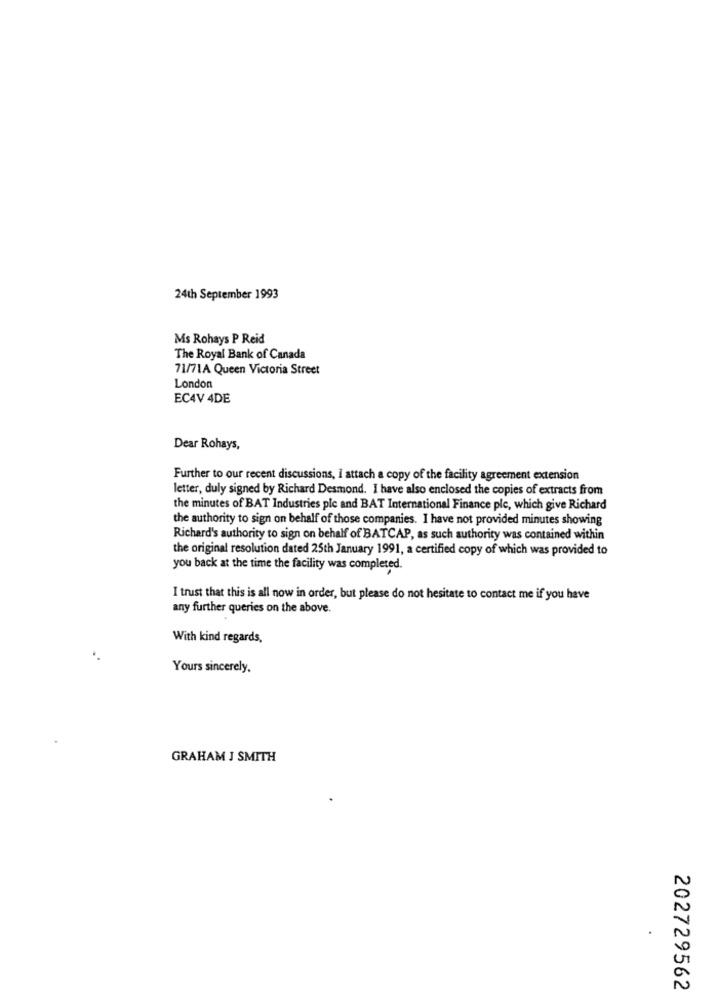
24th September 1993
Ms Rohays P Reid
The Royal Bank of Canada
71/71A Queen Victoria Street
London
EC4V 4DE
Dear Rohays,
Further to our recent discussions, I attach a copy of the facility agreement extension
letter, duly signed by Richard Desmond. I have also enclosed the copies of extracts from
the minutes of BAT Industries ple and BAT International Finance ple, which give Richard
the authority to sign on behalf of those companies. I have not provided minutes showing
Richard's authority to sign on behalf of BATCAP, as such authority was contained within
the original resolution dated 25th January 1991, a certified copy of which was provided to
you back at the time the facility was completed.
I trust that this is all now in order, but please do not hesitate to contact me if you have
any further queries on the above.
With kind regards,
Yours sincerely.
GRAHAM J SMITH
202729562